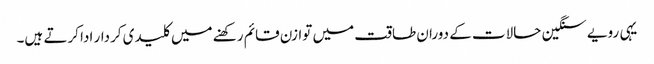
یہی رویے سنگین حالات کے دوران طاقت میں توازن قائم رکھنے میں کلیدی کردار ادا کرتے ہیں۔